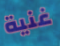
غنية